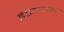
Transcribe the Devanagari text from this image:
इंटेनशन्स